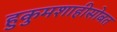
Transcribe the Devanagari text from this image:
हुकुमशाहीसोबत